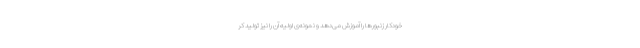
خودکار زنبورها را آموزش می‌دهد و نمونه‌ی اولیه آن را نیز تولید کر